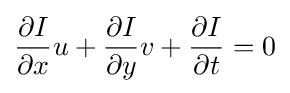
{\frac {\partial I}{\partial x}}u+{\frac {\partial I}{\partial y}}v+{\frac {\partial I}{\partial t}}=0